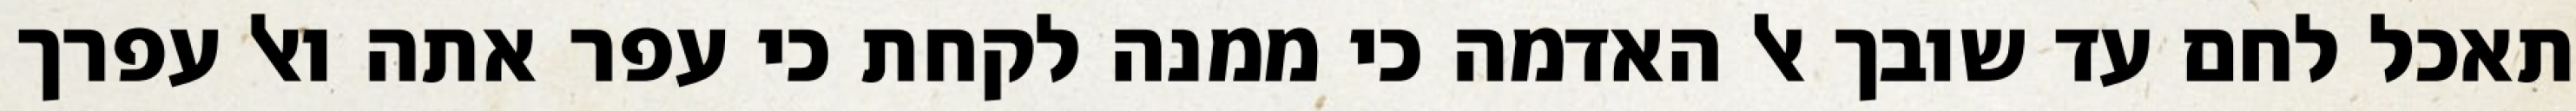
תאכל לחם עד שובך אל האדמה כי ממנה לקחת כי עפר אתה ואל עפרך